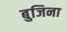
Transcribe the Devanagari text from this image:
बुजिना